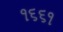
૧૬૬૧